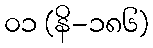
၀၁ (နိ-၁၈၆)